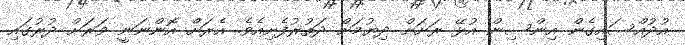
އުދުއްސައިގެން އިންސިން އުޅޭ ރަށަށް ދިޔުމަށް ދަތުރުފެށިއެވެ. އެރަށް އޮންނަނީ ވަރަށް ދުރުގައި